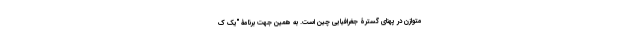
متوازن در پهنای گسترۀ جغرافیایی چین است. به همین جهت برنامۀ "یک ک